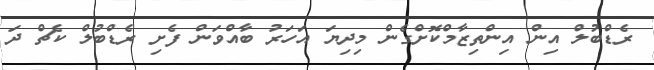
ރެޑްބުލް އިން އިންތިޒާމްކޮށްގެން މިދިޔަ އަހަރު ބާއްވަން ފެށި ރެޑްބުލް ކެޗް ދަ